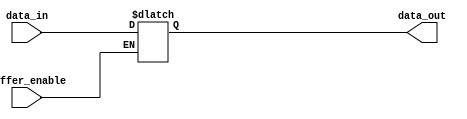
module bidirectional_buffer (
    input wire buffer_enable, 
    input wire data_in, 
    output reg data_out
);

always @ (buffer_enable or data_in)
begin
    if (buffer_enable)
        data_out <= data_in;
end

endmodule